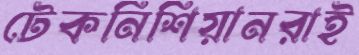
টেকনিশিয়ানরাই